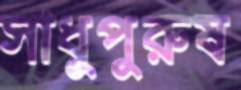
সাধুপুরুষ